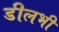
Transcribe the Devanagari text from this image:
डीलभी